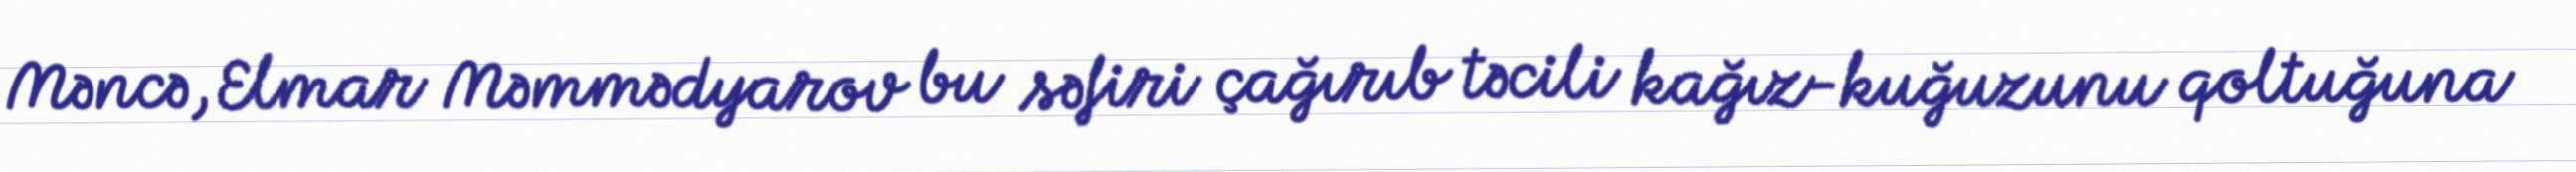
Məncə, Elmar Məmmədyarov bu səfiri çağırıb təcili kağız-kuğuzunu qoltuğuna